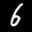
Label: 6